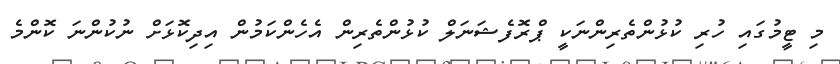
މި ޓީމުގައި ހުރި ކުޅުންތެރިންނަކީ ޕްރޮފެޝަނަލް ކުޅުންތެރިން އެހެންކަމުން އިދިކޮޅަށް ނުކުންނަ ކޮންމެ